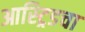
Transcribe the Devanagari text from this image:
आस्ट्रिडचा